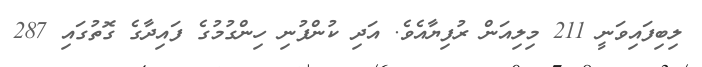
ލިބިފައިވަނީ 211 މިލިއަން ރުފިޔާއެވެ. އަދި ކުންފުނި ހިންގުމުގެ ފައިދާގެ ގޮތުގައި 287